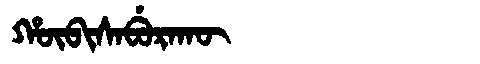
Manchu: ᡥᡡᠪᡳᠰᠠᠪᡠᡵᠠᡴᡡ
Romanization: HŪBISABURAKŪ